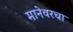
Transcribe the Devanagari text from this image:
मानेवरचा